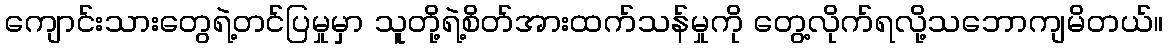
ကျောင်းသားတွေရဲ့တင်ပြမှုမှာ သူတို့ရဲ့စိတ်အားထက်သန်မှုကို တွေ့လိုက်ရလို့သဘောကျမိတယ်။